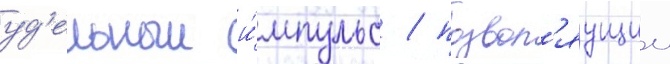
уд'ельныи и́мпульс / позвол'яущии